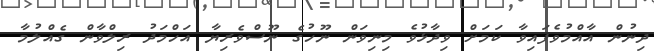
ދިނުން އާއްމުވެފައިވާ ކަމަށް ވިދާޅުވެ މިނިވަން ނޫހުގެ ނޫސްވެރިޔާ އަހްމަދު ރިލްވާން ގެއްލުމާ